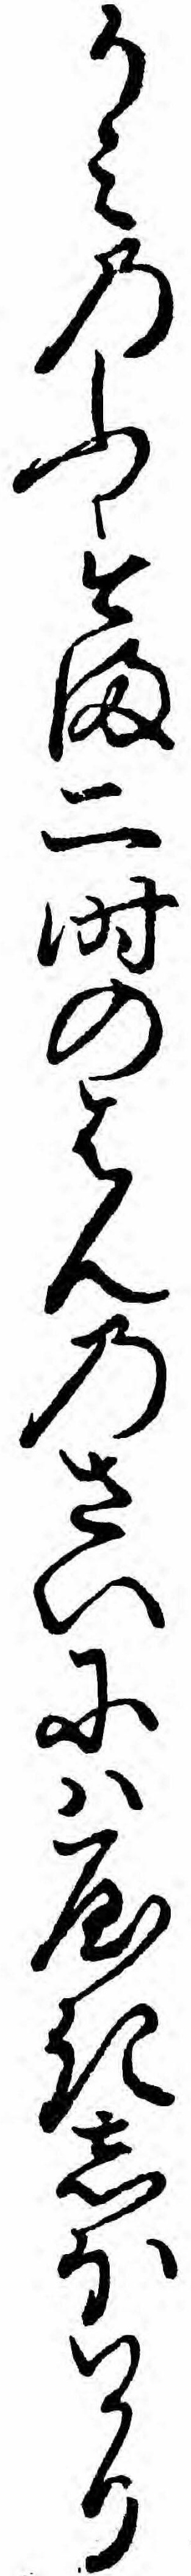
かミのふすま二時のはんのさいにハやきしほハかり